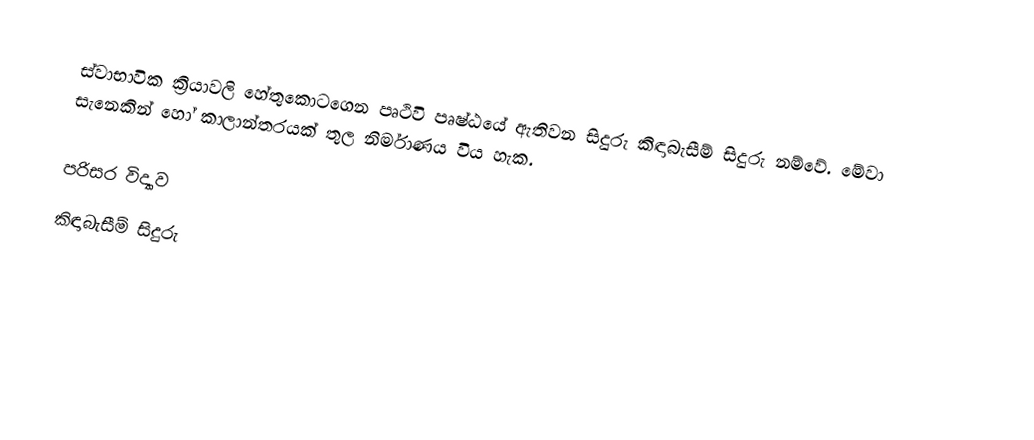
ස්වාභාවික ක්‍රියාවලි හේතුකොටගෙන පෘථිවි පෘෂ්ඨයේ ඇතිවන සිදුරු කිඳාබැසීම් සිදුරු නම්වේ. මේවා සැනෙකින් හෝ කාලාන්තරයක් තුල නිර්මාණය විය හැක.

පරිසර විද්‍යාව
කිඳාබැසීම් සිදුරු